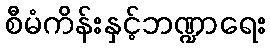
စီမံကိန်းနှင့်ဘဏ္ဍာရေး